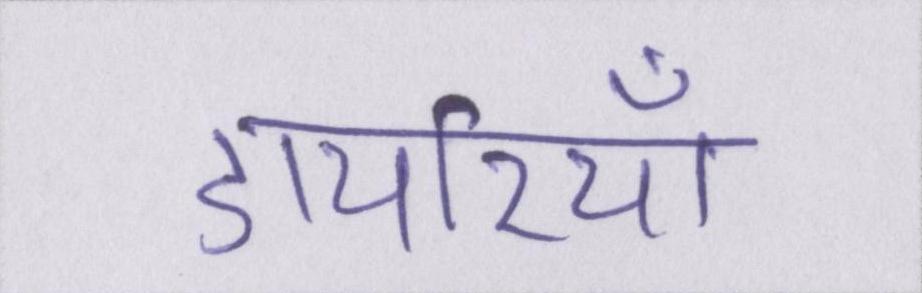
डायरियाँ